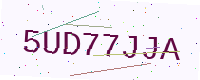
Text: 5UD77JJA